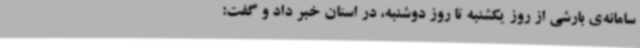
سامانه‌ی بارشی از روز یکشنبه تا روز دوشنبه، در استان خبر داد و گفت: